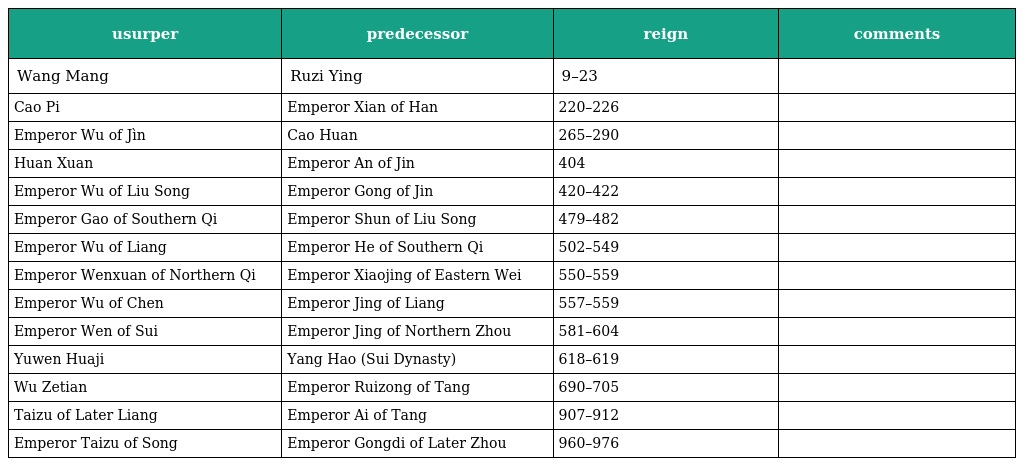
| usurper | predecessor | reign | comments |
 | --- | --- | --- | --- |
 | Wang Mang | Ruzi Ying | 9–23 |  |
 | Cao Pi | Emperor Xian of Han | 220–226 |  |
 | Emperor Wu of Jìn | Cao Huan | 265–290 |  |
 | Huan Xuan | Emperor An of Jin | 404 |  |
 | Emperor Wu of Liu Song | Emperor Gong of Jin | 420–422 |  |
 | Emperor Gao of Southern Qi | Emperor Shun of Liu Song | 479–482 |  |
 | Emperor Wu of Liang | Emperor He of Southern Qi | 502–549 |  |
 | Emperor Wenxuan of Northern Qi | Emperor Xiaojing of Eastern Wei | 550–559 |  |
 | Emperor Wu of Chen | Emperor Jing of Liang | 557–559 |  |
 | Emperor Wen of Sui | Emperor Jing of Northern Zhou | 581–604 |  |
 | Yuwen Huaji | Yang Hao (Sui Dynasty) | 618–619 |  |
 | Wu Zetian | Emperor Ruizong of Tang | 690–705 |  |
 | Taizu of Later Liang | Emperor Ai of Tang | 907–912 |  |
 | Emperor Taizu of Song | Emperor Gongdi of Later Zhou | 960–976 |  |